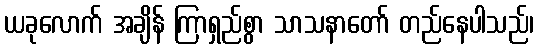
ယခုလောက် အချိန် ကြာရှည်စွာ သာသနာတော် တည်နေပါသည်၊